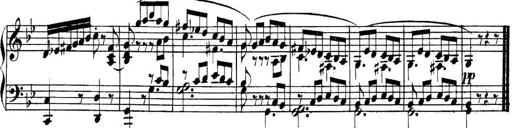
Title: Collected Piano Sonatas
Composer: Muzio Clementi